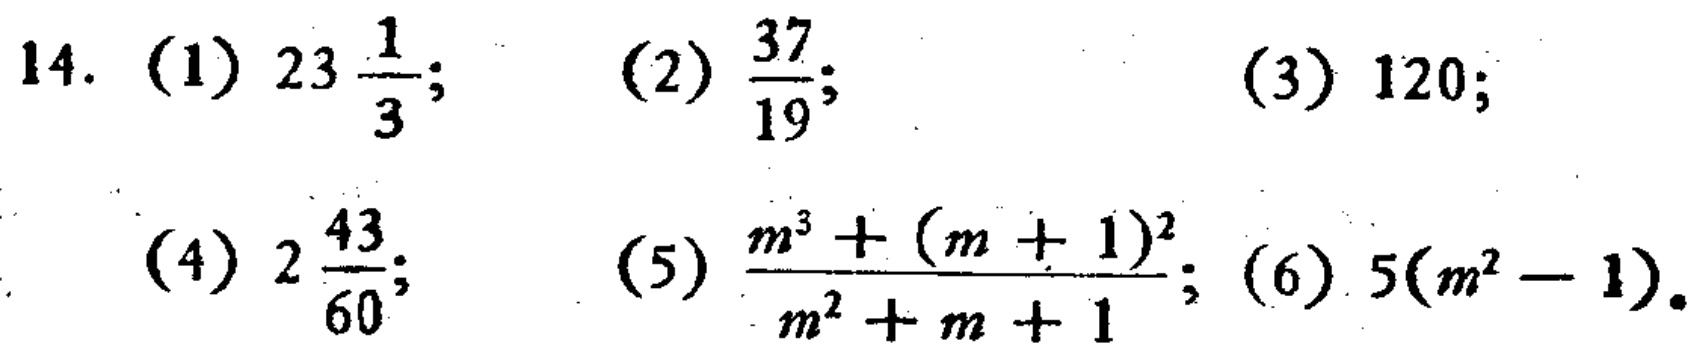
14. (1) \(23\frac{1}{3}\); (2) \(\frac{37}{19}\); (3) \(120\); (4) \(2\frac{43}{60}\); (5) \(\frac{m^{3}+(m + 1)^{2}}{m^{2}+m + 1}\); (6) \(5(m^{2}-1)\)